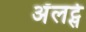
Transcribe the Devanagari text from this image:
अॅलर्ट्स